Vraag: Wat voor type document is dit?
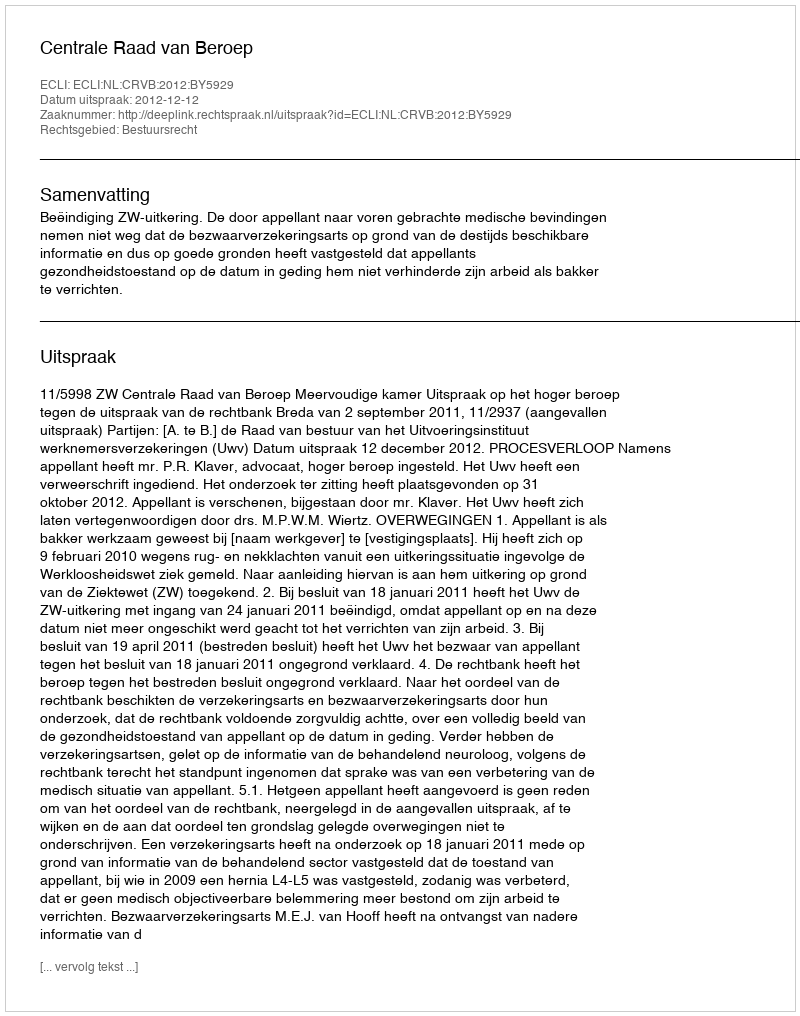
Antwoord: Uitspraak